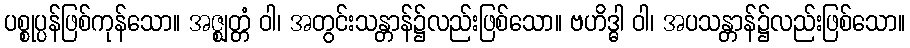
ပစ္စုပ္ပန်ဖြစ်ကုန်သော။ အဇ္ဈတ္တံ ဝါ၊ အတွင်းသန္တာန်၌လည်းဖြစ်သော။ ဗဟိဒ္ဓါ ဝါ၊ အပသန္တာန်၌လည်းဖြစ်သော။